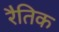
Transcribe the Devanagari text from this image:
रैतिक